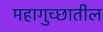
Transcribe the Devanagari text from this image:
महागुच्छातील